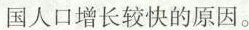
国人口增长较快的原因。